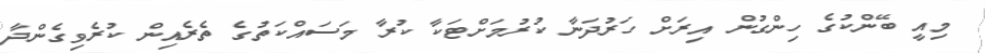
މިއީ ބޭންކުގެ ހިންގުން އިރަށް ހަރުދަނާ ކުރުމަށްޓަކާ ކުރާ މަސައްކަތުގެ ތެރެއިން ކުރެވިގެންދާ